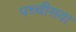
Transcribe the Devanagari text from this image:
पच्चीसवा